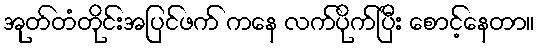
အုတ်တံတိုင်းအပြင်ဖက် ကနေ လက်ပိုက်ပြီး စောင့်နေတာ။